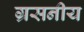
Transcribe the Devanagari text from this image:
ग्रसनीय